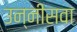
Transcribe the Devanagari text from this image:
उन्नीसवा